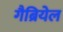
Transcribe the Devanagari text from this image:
गैब्रियेल